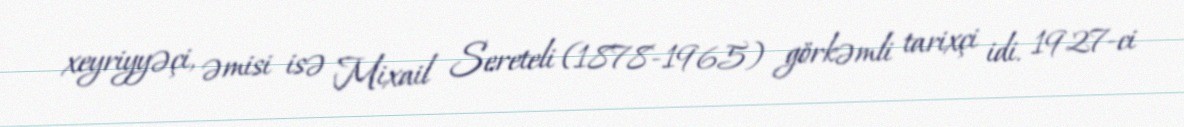
xeyriyyəçi, əmisi isə Mixail Sereteli (1878-1965) görkəmli tarixçi idi. 1927-ci